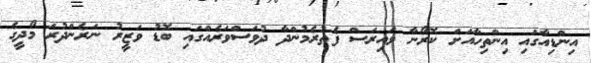
އިންޑިއާގައި އިންތިހާއަށް ކޮރޯނާ ވައިރަސް ފެތުރެމުންދާ ދުވަސްވަރެއްގައި ބޮޑު ވަޒީރު ނަރެންދުރަ މޯދީގެ